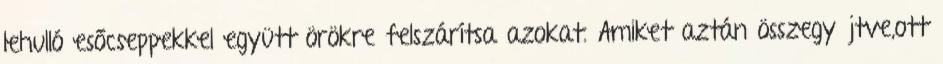
lehulló esőcseppekkel együtt örökre felszárítsa azokat. Amiket aztán összegyűjtve,ott